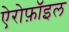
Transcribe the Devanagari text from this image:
ऐरोफ़ॉइल